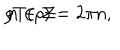
\rho T ( \rho ) = 2 \pi n , \hspace { 1 . 5 c m } n \in { \cal Z }